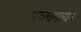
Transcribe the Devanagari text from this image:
पञ्चगव्येन